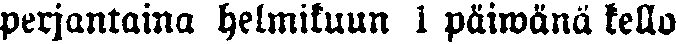
perjantaina helmikuun 1 päiwänä kello